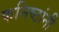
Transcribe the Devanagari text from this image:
कनिष्ठांनी